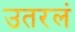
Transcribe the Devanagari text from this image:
उतरलं